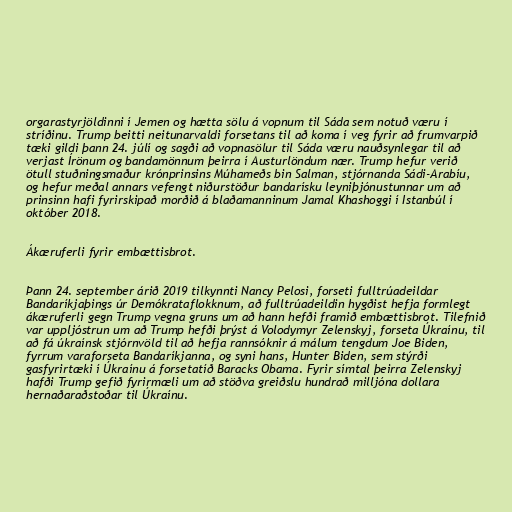
orgarastyrjöldinni í Jemen og hætta sölu á vopnum til Sáda sem notuð væru í
stríðinu. Trump beitti neitunarvaldi forsetans til að koma í veg fyrir að frumvarpið
tæki gildi þann 24. júlí og sagði að vopnasölur til Sáda væru nauðsynlegar til að
verjast Írönum og bandamönnum þeirra í Austurlöndum nær. Trump hefur verið
ötull stuðningsmaður krónprinsins Múhameðs bin Salman, stjórnanda Sádi-Arabíu,
og hefur meðal annars vefengt niðurstöður bandarísku leyniþjónustunnar um að
prinsinn hafi fyrirskipað morðið á blaðamanninum Jamal Khashoggi í Istanbúl í
október 2018.

Ákæruferli fyrir embættisbrot.

Þann 24. september árið 2019 tilkynnti Nancy Pelosi, forseti fulltrúadeildar
Bandaríkjaþings úr Demókrataflokknum, að fulltrúadeildin hygðist hefja formlegt
ákæruferli gegn Trump vegna gruns um að hann hefði framið embættisbrot. Tilefnið
var uppljóstrun um að Trump hefði þrýst á Volodymyr Zelenskyj, forseta Úkraínu, til
að fá úkraínsk stjórnvöld til að hefja rannsóknir á málum tengdum Joe Biden,
fyrrum varaforseta Bandaríkjanna, og syni hans, Hunter Biden, sem stýrði
gasfyrirtæki í Úkraínu á forsetatíð Baracks Obama. Fyrir símtal þeirra Zelenskyj
hafði Trump gefið fyrirmæli um að stöðva greiðslu hundrað milljóna dollara
hernaðaraðstoðar til Úkraínu.